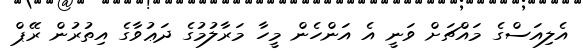
އެލިއަސްގެ މައްޗަށް ވަނީ އެ އަންހެން މީހާ މަރާލުމުގެ ދަޢުވާގެ އިތުރުން ރޭޕް